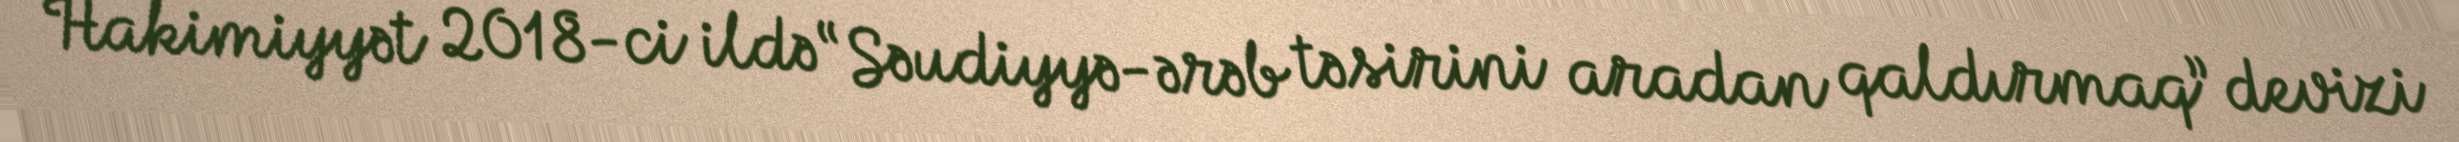
Hakimiyyət 2018-ci ildə “Səudiyyə-ərəb təsirini aradan qaldırmaq” devizi